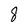
Character: 8